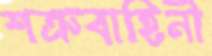
শত্রুবাহিনী